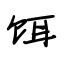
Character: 饵